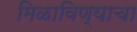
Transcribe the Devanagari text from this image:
मिळाविण्याचा